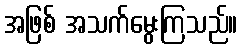
အဖြစ် အသက်မွေးကြသည်။